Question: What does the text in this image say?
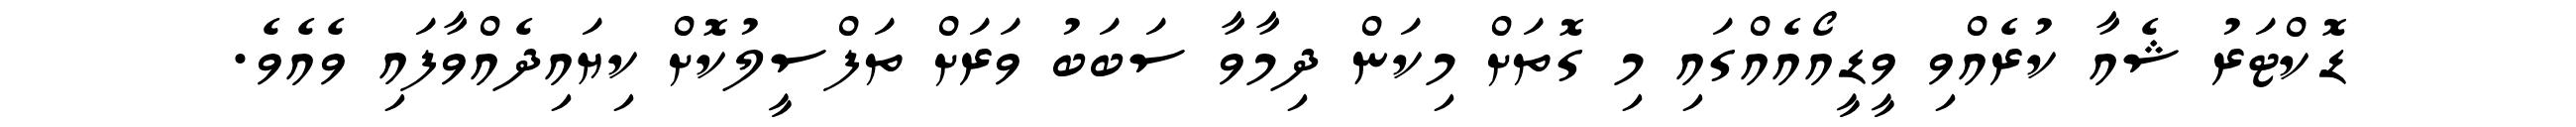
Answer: ޑޮކްޓަރު ޝެއާ ކުރެއްވި ވީޑީއޯއެއްގައި މި ގޮތަށް މިކަން ދިމާވާ ސަބަބު ވަރަށް ތަފްސީލުކޮށް ކިޔައިދެއްވާފައި ވެއެވެ.